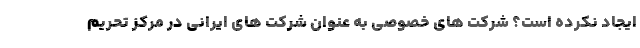
ایجاد نکرده است؟ شرکت های خصوصی به عنوان شرکت های ایرانی در مرکز تحریم